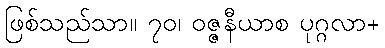
ဖြစ်သည်သာ။ ၇၀၊ ဝဇ္ဇနီယာစ ပုဂ္ဂလာ+